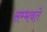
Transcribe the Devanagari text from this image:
सम्भवते